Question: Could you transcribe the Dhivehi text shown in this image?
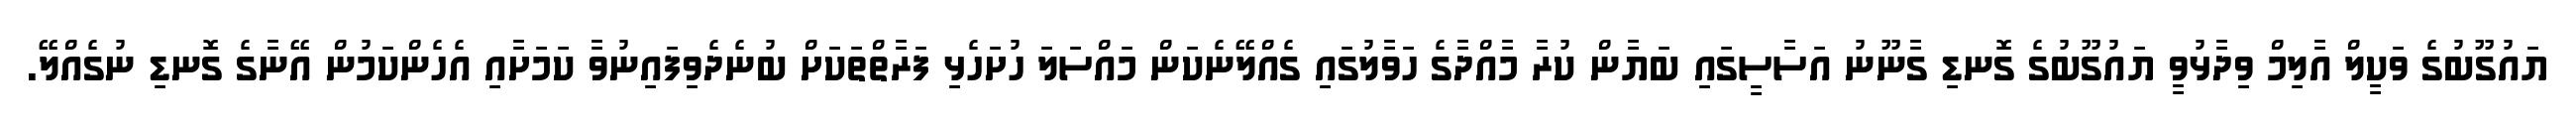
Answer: ޔައުގޫބުގެ ވަކީލް އާލިމް ވިދާޅުވީ ޔައުގޫބުގެ ގޮނޑި ގާނޫނު އަސާސީގައި ބަޔާން ކުރާ މާއްދާގެ ހަވާލުގައި ގެއްލޭނެކަން މައްސަލަ ހުށަހެޅި ފަރާތްތަކަށް ބުނެދެވިފައިނުވާ ކަމަށާއި އެހެންކަމުން އޭނާގެ ގޮނޑި ނުގެއްލޭ.